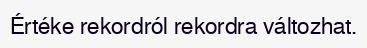
Értéke rekordról rekordra változhat.